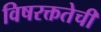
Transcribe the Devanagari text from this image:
विषरक्ततेची